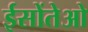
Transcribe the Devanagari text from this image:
ईसोंतेओ